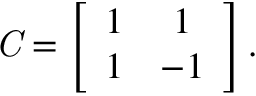
{ \it C } = \left[ \begin{array} { c c c c c c c c } { { 1 } } & { { 1 } } \\ { { 1 } } & { { - 1 } } \end{array} \right] .